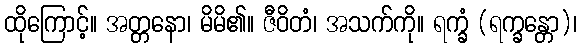
ထိုကြောင့်။ အတ္တနော၊ မိမိ၏။ ဇီဝိတံ၊ အသက်ကို။ ရက္ခံ (ရက္ခန္တော)၊